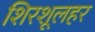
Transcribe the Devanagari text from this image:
शिरशूलहर